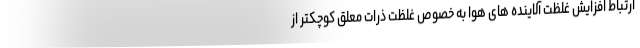
ارتباط افزایش غلظت آلاینده های هوا به خصوص غلظت ذرات معلق کوچکتر از